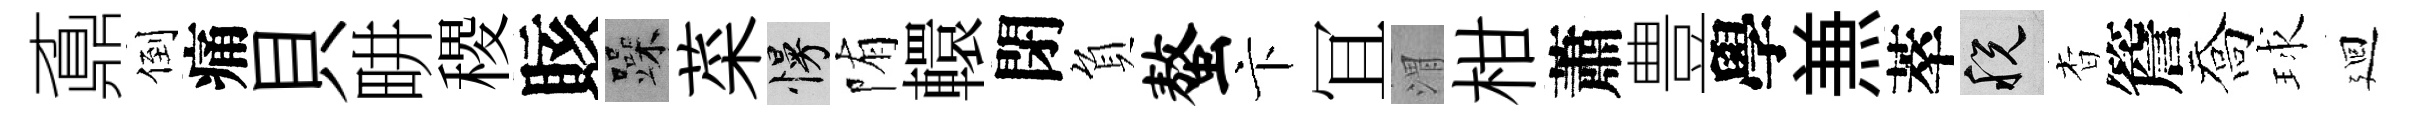
鼒倒痛貝畊稷賅躁菜慢陏轘閉負螯卞冝渭柑蕭豊學𠔥萃税杳簷喬球廻